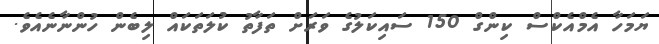
ޔަމަހާ އެމްއެކްސް ކިންގް 150 ސައިކަލުގެ ވަރަށް ތަފާތު ކުލަތަކައް ލިބެން ހުންނާނެއެވެ.